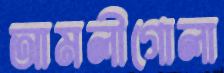
আমলীগোলা